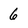
Character: 6